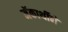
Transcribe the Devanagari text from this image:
मॅकार्थीने